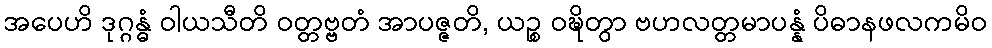
အပေဟိ ဒုဂ္ဂန္ဓံ ဝါယသီတိ ဝတ္တဗ္ဗတံ အာပဇ္ဇတိ, ယဉ္စ ဝဍ္ဎိတွာ ဗဟလတ္တမာပန္နံ ပိဓာနဖလကမိဝ